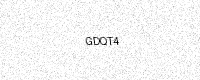
Text: GDQT4